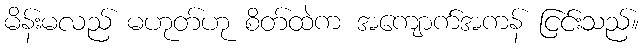
မိန်းမလည် မဟုတ်ဟု စိတ်ထဲက အကျောက်အကန် ငြင်းသည်။